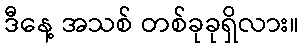
ဒီနေ့ အသစ် တစ်ခုခုရှိလား။